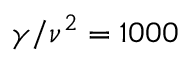
\gamma / \nu ^ { 2 } = 1 0 0 0